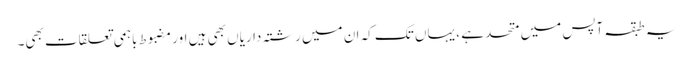
یہ طبقہ آپس میں متحد ہے ، یہاں تک کہ ان میں رشتہ داریاں بھی ہیں اور مضبوط باہمی تعلقات بھی۔